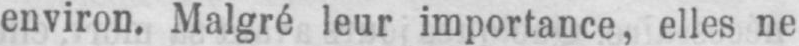
environ. Malgré leur importance, elles ne